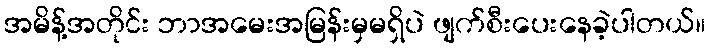
အမိန့်အတိုင်း ဘာအမေးအမြန်းမှမရှိပဲ ဖျက်စီးပေးနေခဲ့ပါတယ်။